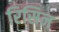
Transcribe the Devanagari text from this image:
रिसिन